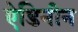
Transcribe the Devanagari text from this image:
ऐडिनीन